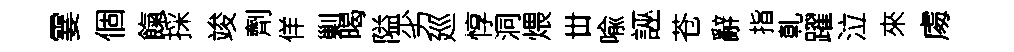
霎個餼採竣劑佯剿暍隘劣廵惇洞煨丗喩誣苍辭指乹躍泣來䖏